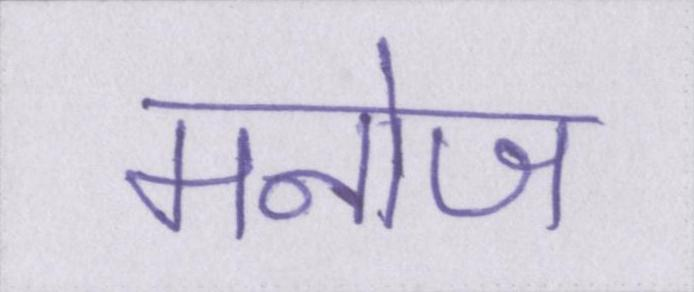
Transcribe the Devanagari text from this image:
मनोज